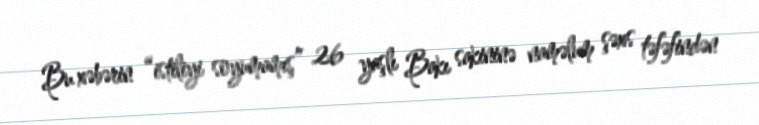
Bu xəbərin “istiliyi soyumamış” 26 yaşlı Bakı sakininə naməlum şəxs təfəfindən